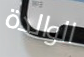
الوالدة